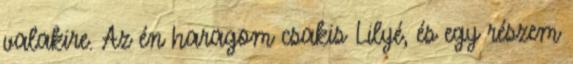
valakire. Az én haragom csakis Lilyé, és egy részem